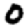
Digit: 0